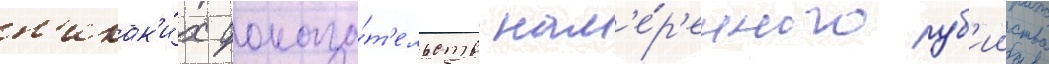
н'икак'и́х доказа́т'ельств нам'е́р'енного уб'ииства